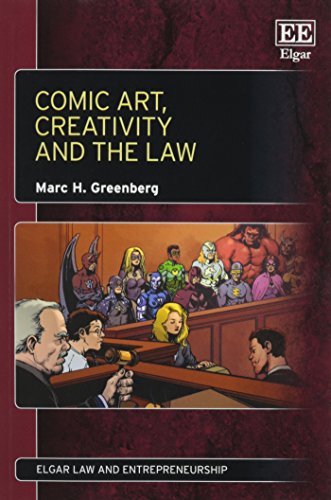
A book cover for Comic Art, Creativity and the Law (Elgar Law and Entrepreneurship series); Marc H. Greenberg; Law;